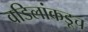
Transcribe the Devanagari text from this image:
वडिलांकडूच